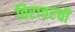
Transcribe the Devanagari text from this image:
तिरावरची